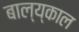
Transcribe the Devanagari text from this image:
बाल्य्काल